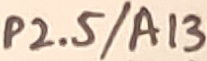
Text: P2.5/A13